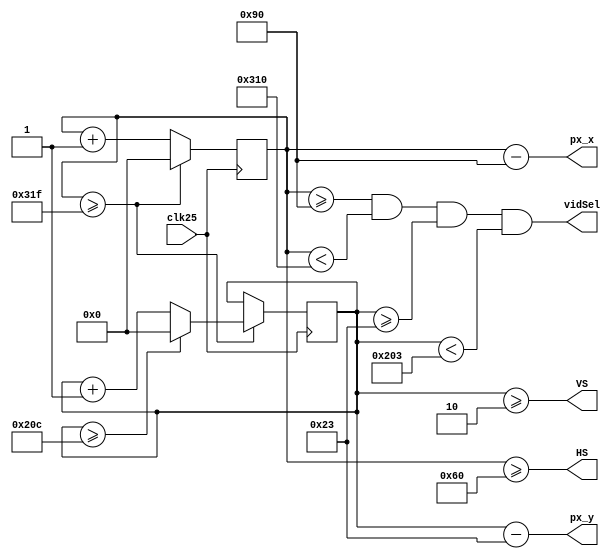
module PiSimulator_VGA (
   output wire       HS,
   output wire       VS,
   output wire [9:0] px_x,
   output wire [9:0] px_y,
   output wire       vidSel,
   input  wire       clk25
);

    reg [9:0] hCount = 0;
    reg [9:0] vCount = 0;

    assign px_x = hCount - 10'd144;
    assign px_y = vCount - 10'd35;
    
    always@(posedge clk25)
        if (hCount >= 10'd799) begin
            hCount <= 'b0;
            if (vCount >= 10'd524)
                vCount <= 'b0;
            else
                vCount <= vCount + 1;
        end else
            hCount <= hCount + 1;
      
   assign HS = (hCount >= 10'd96);
   assign VS = (vCount >= 10'd2);

   wire gteHorizLow = (hCount >= 10'd144);
   wire ltHorizHigh = (hCount < 10'd784);
   wire gteVertLow = (vCount >= 10'd35);
   wire ltVertHigh = (vCount < 10'd515);

   assign vidSel = gteHorizLow & ltHorizHigh & gteVertLow & ltVertHigh;
endmodule